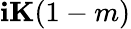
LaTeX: \mathbf{i}\mathbf{{K}}(1-m)